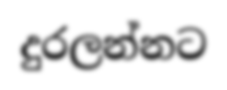
දුරලන්නට